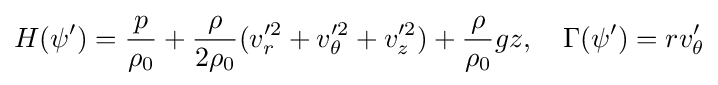
H(\psi ')={\frac {p}{\rho _{0}}}+{\frac {\rho }{2\rho _{0}}}(v_{r}'^{2}+v_{\theta }'^{2}+v_{z}'^{2})+{\frac {\rho }{\rho _{0}}}gz,\quad \Gamma (\psi ')=rv_{\theta }'